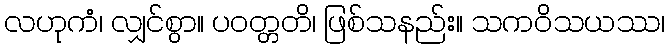
လဟုကံ၊ လျှင်စွာ။ ပဝတ္တတိ၊ ဖြစ်သနည်း။ သကဝိသယဿ၊